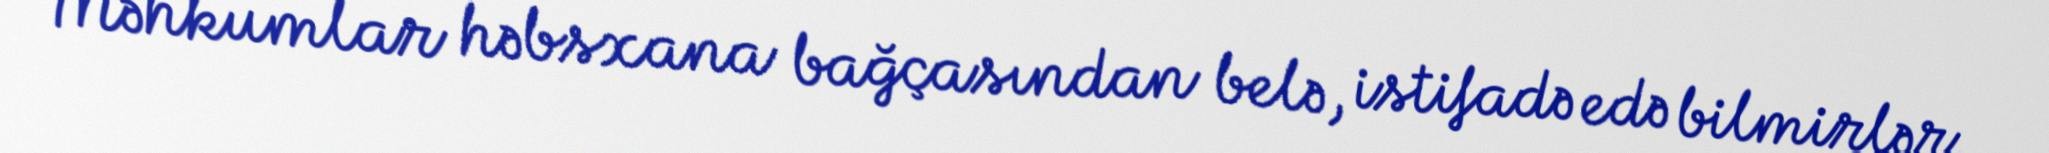
Məhkumlar həbsxana bağçasından belə, istifadə edə bilmirlər.